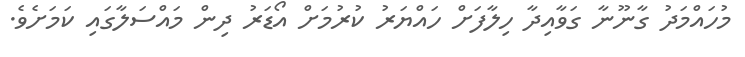
މުހައްމަދު ގާނޫނާ ގަވާއިދާ ހިލާފަށް ހައްޔަރު ކުރުމަށް އޯޑަރު ދިން މައްސަލާގައި ކަމަށެވެ.